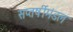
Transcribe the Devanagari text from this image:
सप्तर्षीमंडल